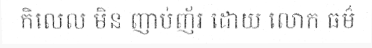
កិលេល មិន ញាប់ញ័រ ដោយ លោក ធម៌